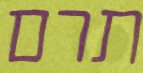
תרם